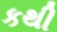
કથી